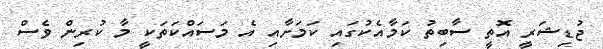
ޖުޑިޝަރީ އޮތީ ސާބިތު ކަމާއެކުގައި ކަމަށާއި އެ މަސައްކަތަކީ މާ ކުރިން ވެސް